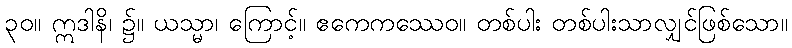
၃၀။ ဣဒါနိ၊ ၌။ ယသ္မာ၊ ကြောင့်။ ဧကေကဿေဝ။ တစ်ပါး တစ်ပါးသာလျှင်ဖြစ်သော။